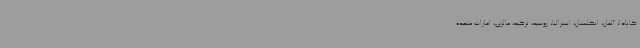
کانادا، آلمان، انگلستان، استرالیا، روسیه، ترکیه، مالزی، امارات متحده